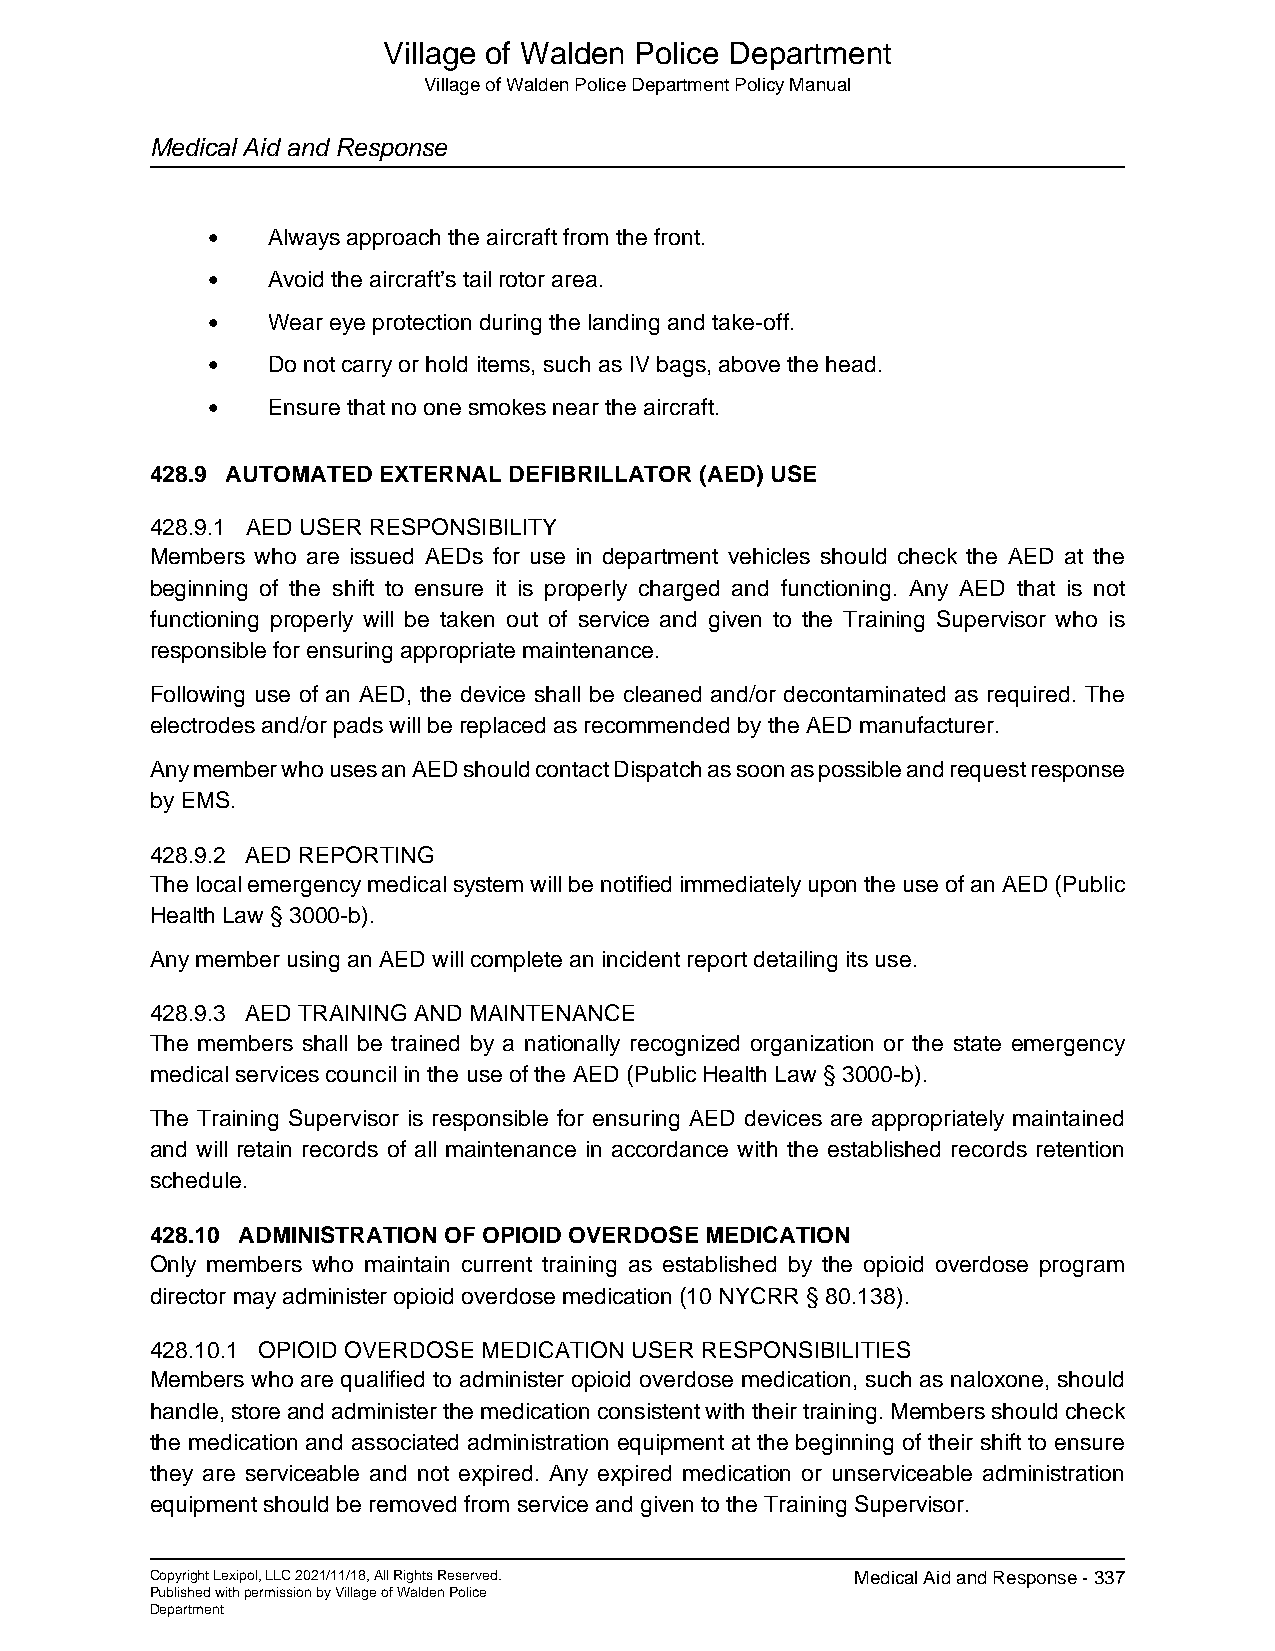
Village of Walden Police Department
 Village of Walden Police Department Policy Manual
 Medical Aid and Response
 •   Always approach the aircraft from the front.
 •   Avoid the aircraft’s tail rotor area.
 •   Wear eye protection during the landing and take-off.
 •   Do not carry or hold items, such as IV bags, above the head.
 •   Ensure that no one smokes near the aircraft.
 428.9 AUTOMATED EXTERNAL DEFIBRILLATOR (AED) USE
 428.9.1 AED USER RESPONSIBILITY
 Members who are issued AEDs for use in department vehicles should check the AED at the
 beginning of the shift to ensure it is properly charged and functioning. Any AED that is not
 functioning properly will be taken out of service and given to the Training Supervisor who is
 responsible for ensuring appropriate maintenance.
 Following use of an AED, the device shall be cleaned and/or decontaminated as required. The
 electrodes and/or pads will be replaced as recommended by the AED manufacturer.
 Any member who uses an AED should contact Dispatch as soon as possible and request response
 by EMS.
 428.9.2 AED REPORTING
 The local emergency medical system will be notified immediately upon the use of an AED (Public
 Health Law § 3000-b).
 Any member using an AED will complete an incident report detailing its use.
 428.9.3 AED TRAINING AND MAINTENANCE
 The members shall be trained by a nationally recognized organization or the state emergency
 medical services council in the use of the AED (Public Health Law § 3000-b).
 The Training Supervisor is responsible for ensuring AED devices are appropriately maintained
 and will retain records of all maintenance in accordance with the established records retention
 schedule.
 428.10 ADMINISTRATION OF OPIOID OVERDOSE MEDICATION
 Only members who maintain current training as established by the opioid overdose program
 director may administer opioid overdose medication (10 NYCRR § 80.138).
 428.10.1 OPIOID OVERDOSE MEDICATION USER RESPONSIBILITIES
 Members who are qualified to administer opioid overdose medication, such as naloxone, should
 handle, store and administer the medication consistent with their training. Members should check
 the medication and associated administration equipment at the beginning of their shift to ensure
 they are serviceable and not expired. Any expired medication or unserviceable administration
 equipment should be removed from service and given to the Training Supervisor.
 Copyright Lexipol, LLC 2021/11/18, All Rights Reserved. Medical Aid and Response - 337
 Published with permission by Village of Walden Police
 Department